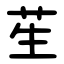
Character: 苼